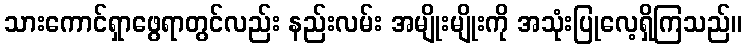
သားကောင်ရှာဖွေရာတွင်လည်း နည်းလမ်း အမျိုးမျိုးကို အသုံးပြုလေ့ရှိကြသည်။